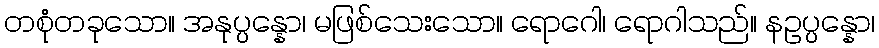
တစုံတခုသော။ အနုပ္ပန္နော၊ မဖြစ်သေးသော။ ရောဂေါ၊ ရောဂါသည်။ နဥပ္ပန္နော၊